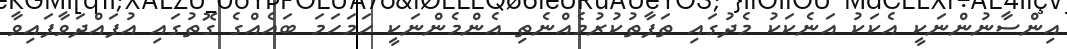
އިންސާނުންނަކީ އެކަކު އަނެކަކު މެދުގައި ތަފާތުކުރުމެއްނެތި އެންމެންނަކީ ހަމަހަމަ ބައެއްގެ ގޮތުގައި އުފައްދަވާފައިވާ